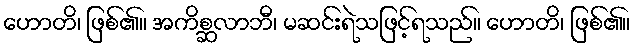
ဟောတိ၊ ဖြစ်၏။ အကိစ္ဆလာဘီ၊ မဆင်းရဲသဖြင့်ရသည်။ ဟောတိ၊ ဖြစ်၏။